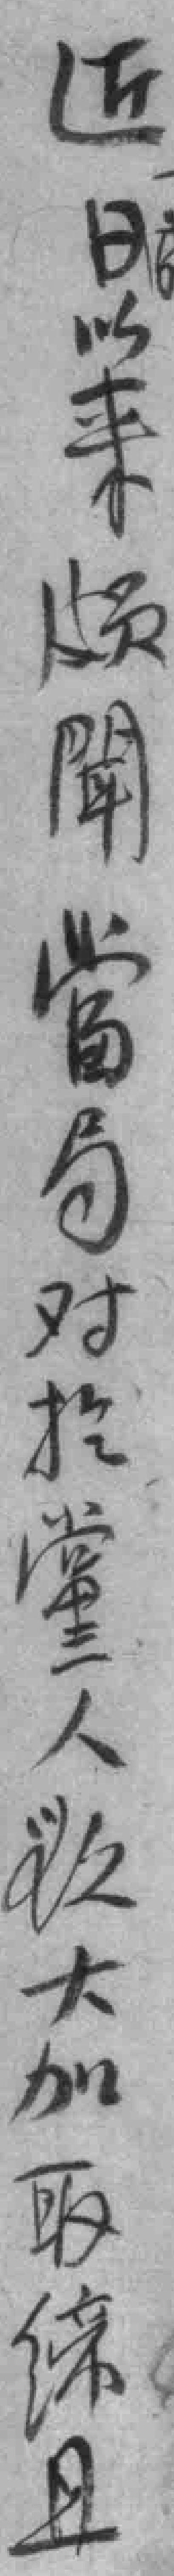
近日以来颇聞當局对於黨人*大加取缔且